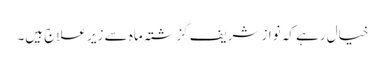
خیال رہے کہ نواز شریف گزشتہ ماہ سے زیر علاج ہیں۔